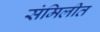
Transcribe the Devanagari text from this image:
संमिलीत